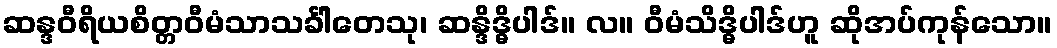
ဆန္ဒဝီရိယစိတ္တဝီမံသာသင်္ခါတေသု၊ ဆန္ဒိဒ္ဓိပါဒ်။ လ။ ဝီမံသိဒ္ဓိပါဒ်ဟူ ဆိုအပ်ကုန်သော။